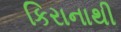
કિરાનાથી